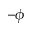
- \phi